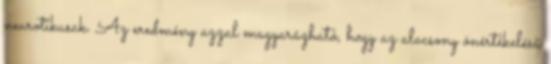
neurotikusak. Az eredmény azzal magyarázható, hogy az alacsony önértékelésű